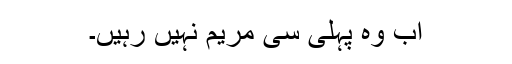
اب وہ پہلی سی مریم نہیں رہیں۔